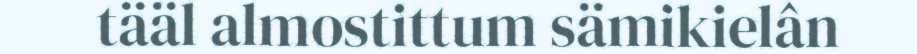
tääl almostittum sämikielân